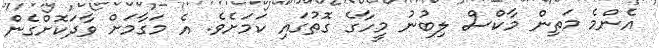
އެންމެ މަތިން މާކްސް ލިބުނު މީހާގެ ގޮތުގައި ކަމަށެވެ. އެ މަގާމަށް ވާދަކޮށްގެން